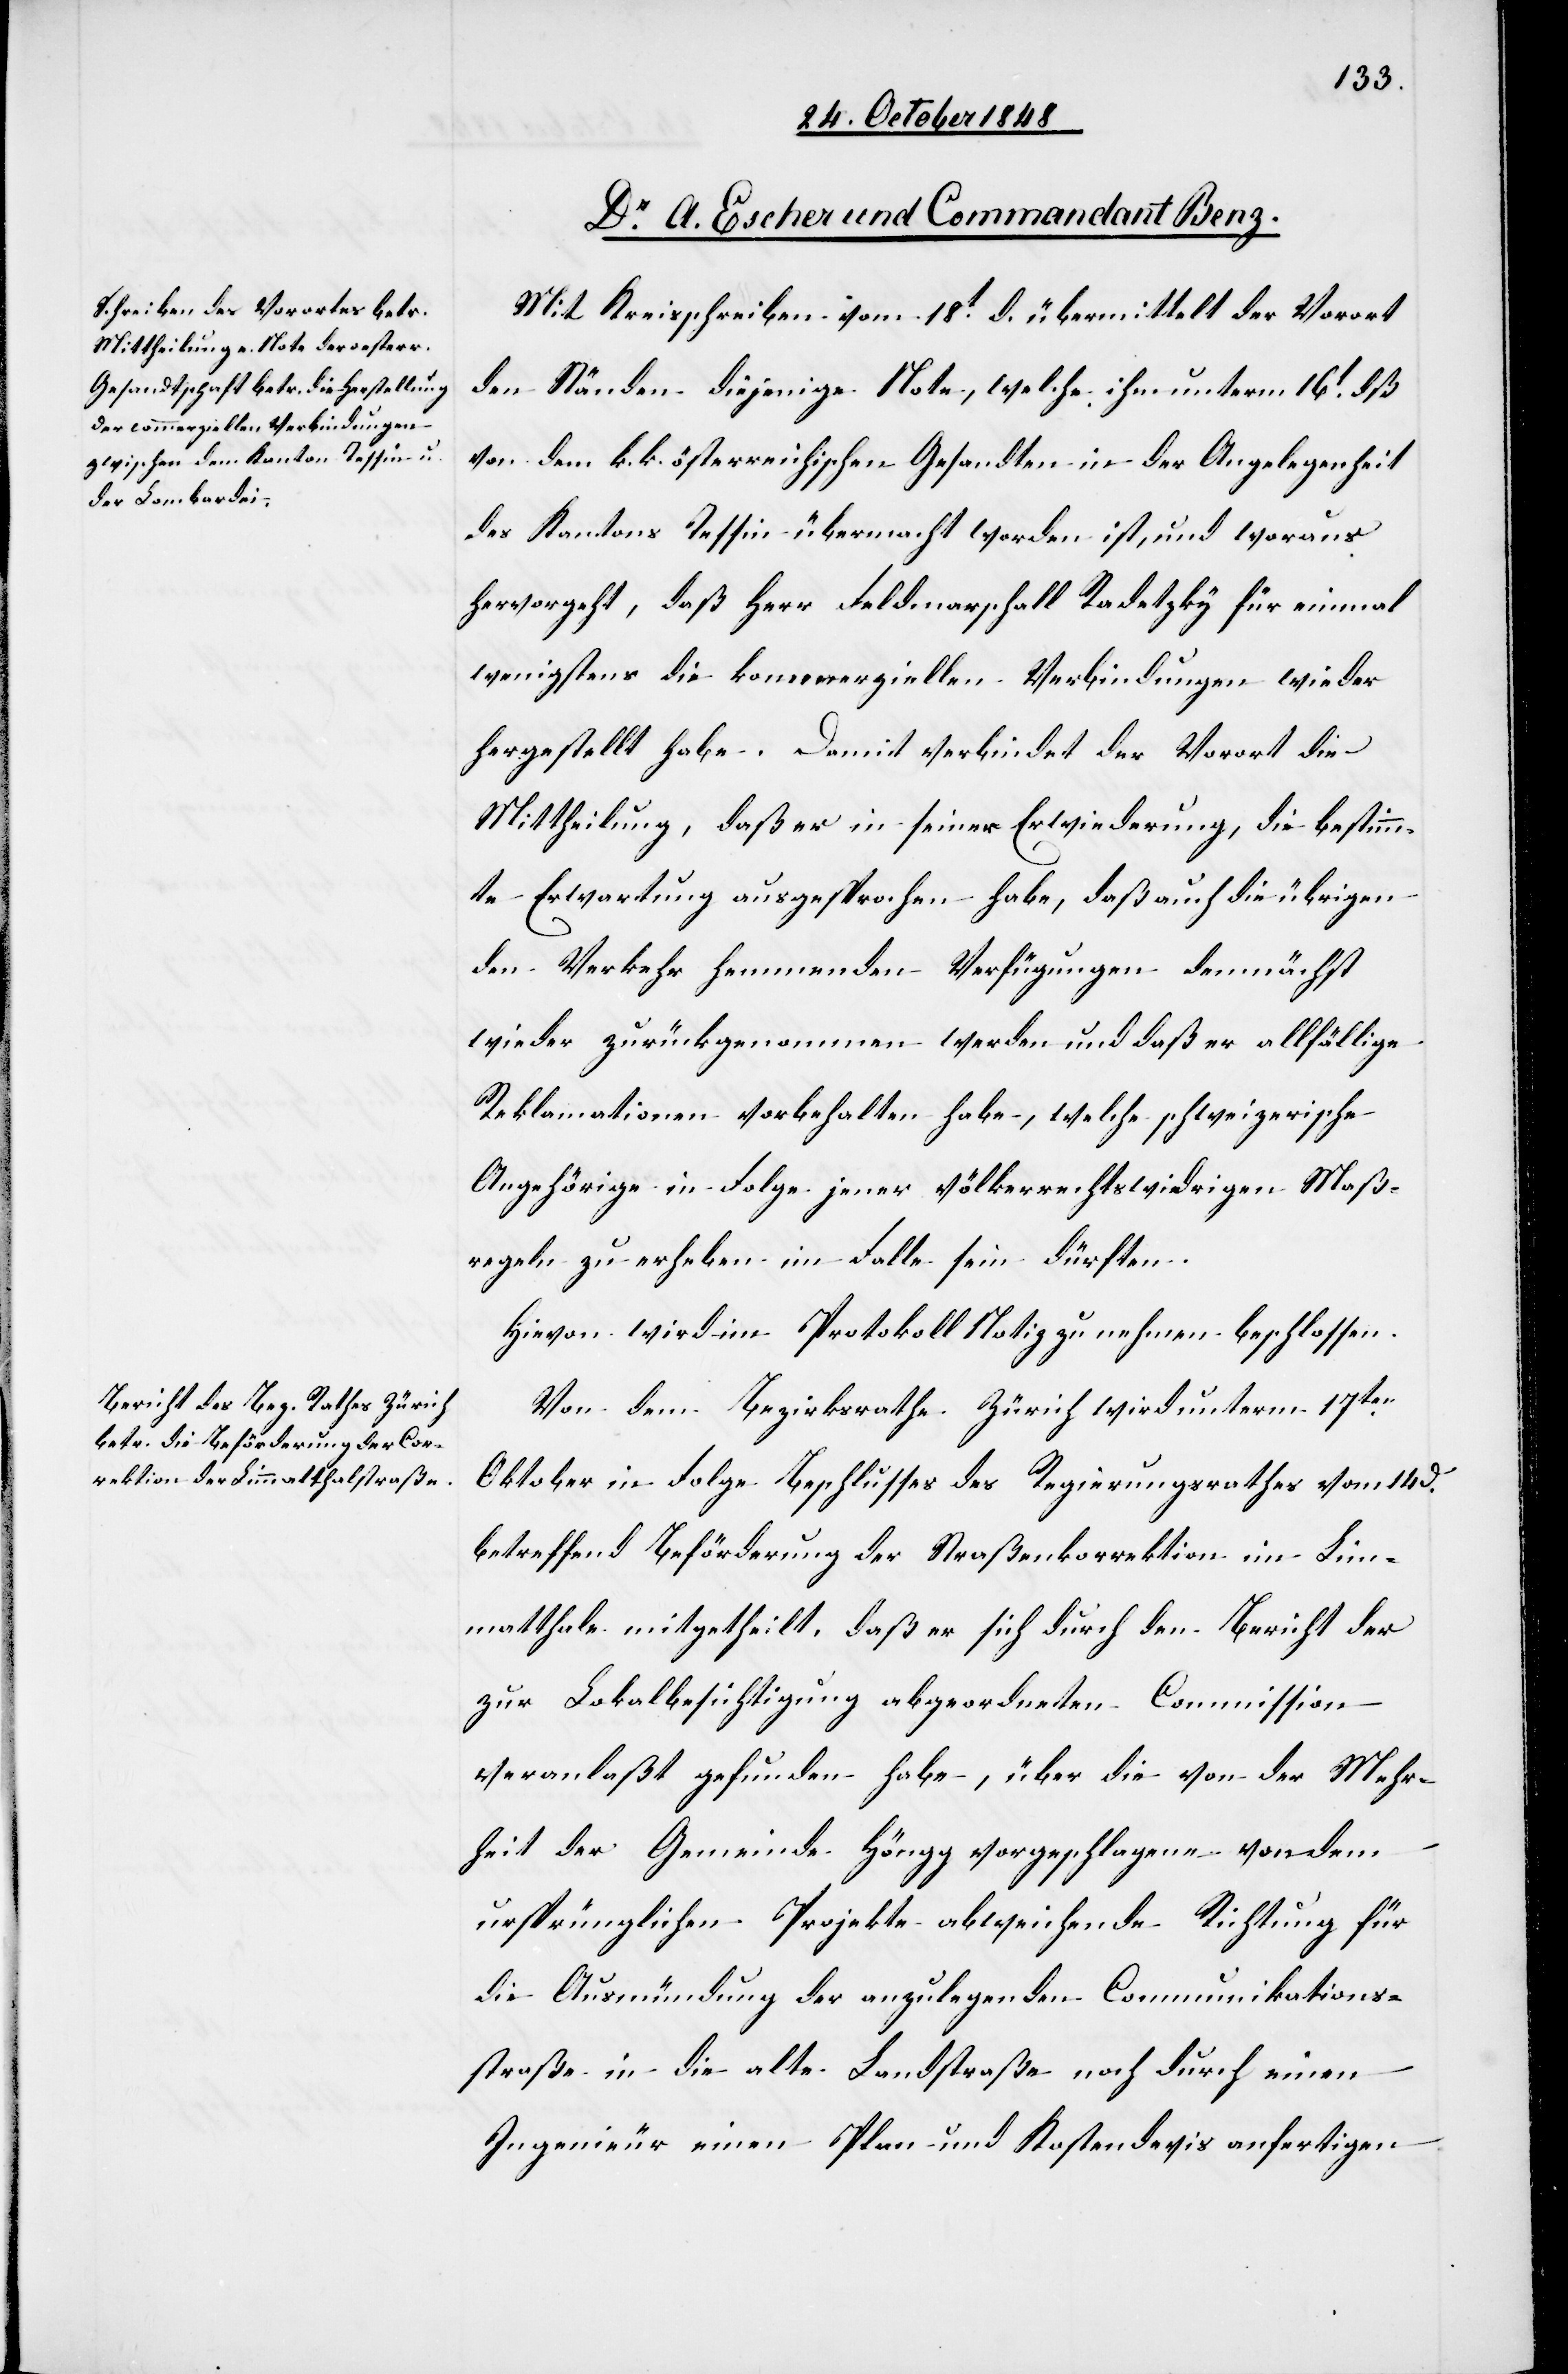
Mit Kreisschreiben vom 18t d. übermittelt der Vorort
den Ständen diejenige Note, welche ihm unterm 16t dß.
vor dem k. k. österreichischen Gesandten in der Angelegenheit
des Kantons Tessin übermacht worden ist, und woraus
hervorgeht, daß Herr Feldmarschall Radetzky für einmal
wenigstens die kommerziellen Verbindungen wieder
hergestellt habe. Damit verbindet der Vorort die
Mittheilung, daß er in seiner Erwiederung, die bestimm¬
te Erwartung ausgesprochen habe, daß auch die übrigen
den Verkehr hemmenden Verfügungen demnächst
wieder zurückgenommen werden und daß er allfällige
Reklamationen vorbehalten habe, welche schweizerische
Angehörige in Folge jener völkerrechtswidrigen Maß¬
regeln zu erheben im Falle sein dürften.
Hievon wird im Protokoll Notiz zu nehmen beschlossen.
Von dem Bezirksrathe Zürich wird unterm 17ten
Oktober in Folge Beschlusses des Regierungsrathes vom 14 d.
betreffende Beförderung der Straßenkorrektion im Lim¬
matthale mitgetheilt, daß er sich durch den Bericht der
zur Lokalbesichtigung abgeordneten Commission
veranlaßt gefunden habe, über die von der Mehr¬
heit der Gemeinde Höngg vorgeschlagene von dem
ursprünglichen Projekte abweichende Richtung für
die Ausmündung der anzulegenden Communikations¬
straße in die alte Landstraße noch durch einen
Ingenieur einen Plan und Kostendevis anfertigen